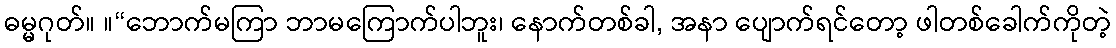
ဓမ္မဂုတ်။ ။“ဘောက်မကြာ ဘာမကြောက်ပါဘူး၊ နောက်တစ်ခါ, အနာ ပျောက်ရင်တော့ ဖါတစ်ခေါက်ကိုတဲ့